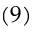
( 9 )